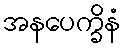
အနပေက္ခိနံ